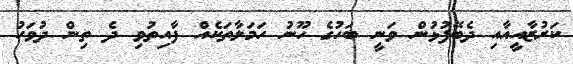
ކަރުޒާއީއާއި ދެބޭފުޅުން ވަނީ ބަހުގެ ހޫނު ހަމަލާތަކެއް ފާއިތުވި ދެ ތިން ދުވަހު